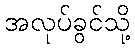
အလုပ်ခွင်သို့